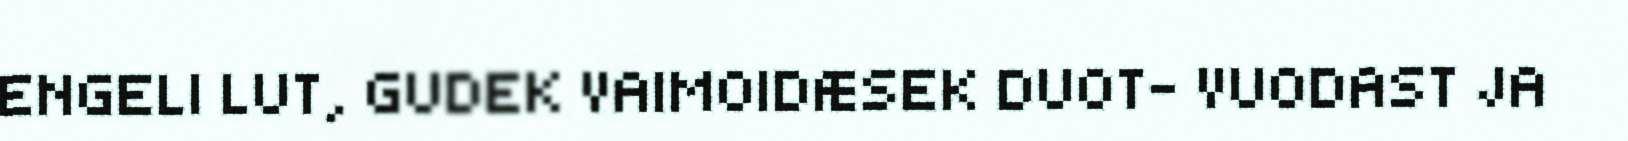
ENGELI LUT, GUDEK VAIMOIDÆSEK DUOT- VUODAST JA